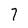
Character: 7